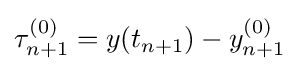
\tau _{n+1}^{(0)}=y(t_{n+1})-y_{n+1}^{(0)}